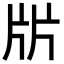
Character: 㸞